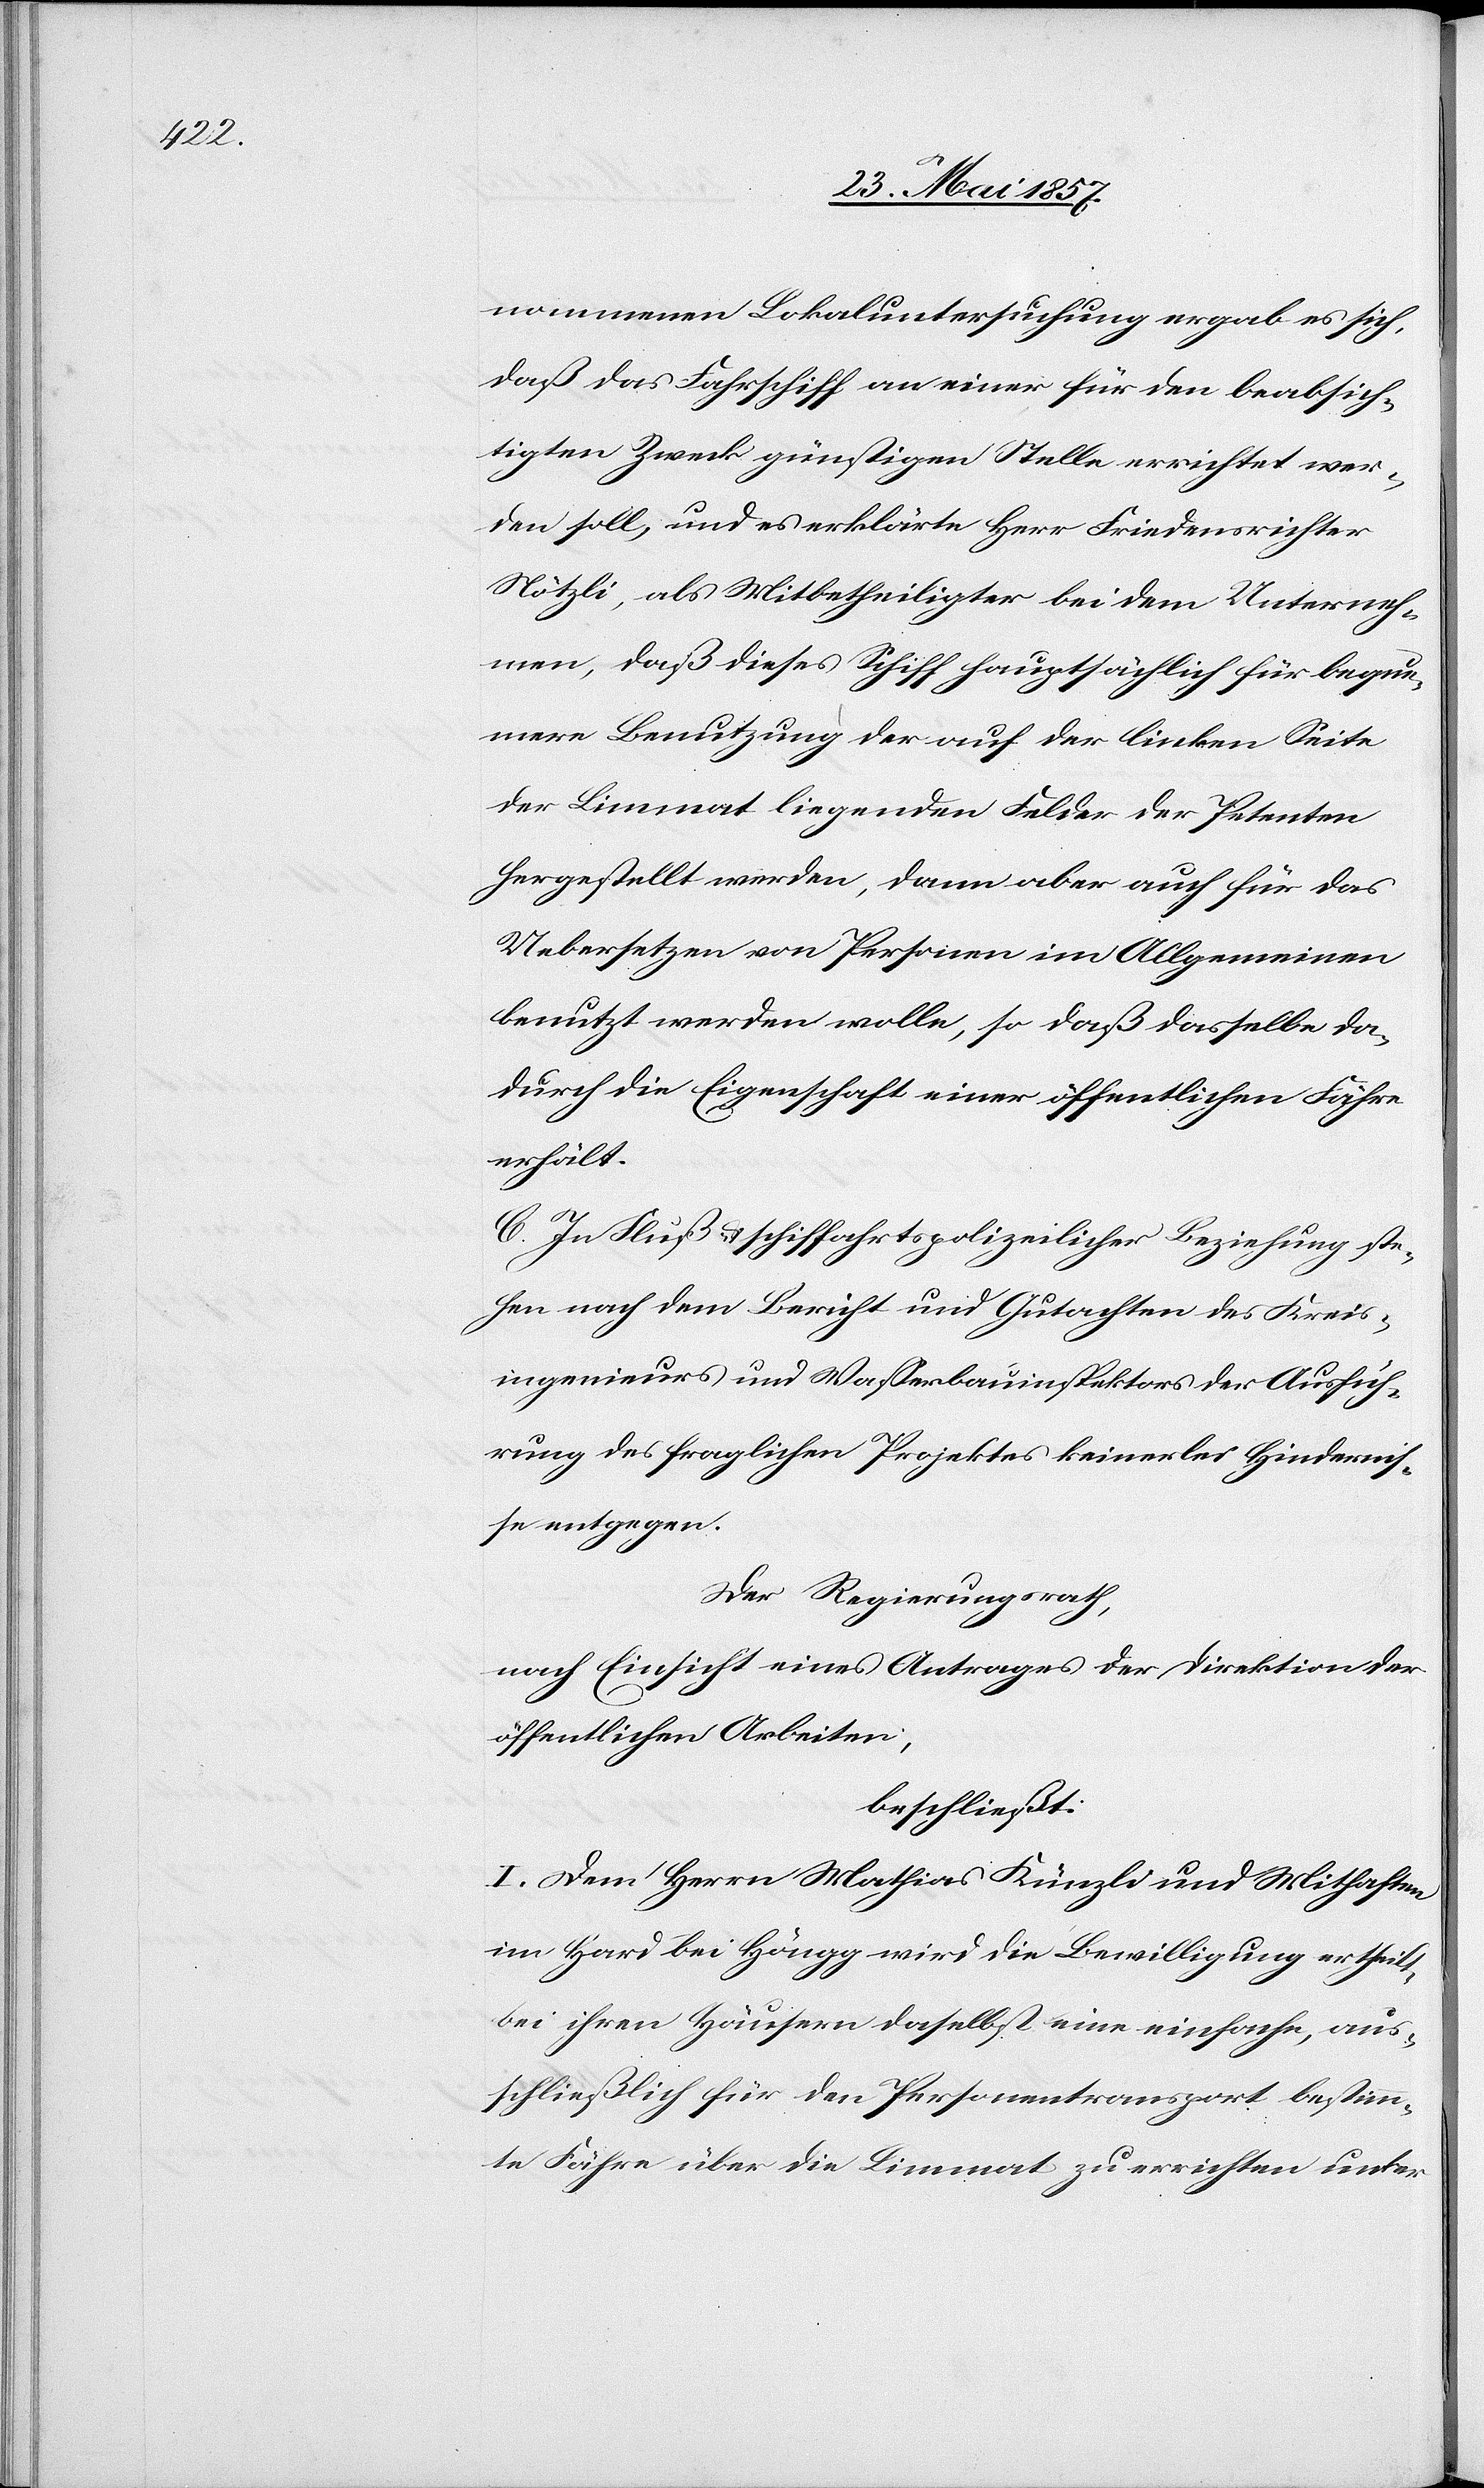
nommenen Lokaluntersuchung ergab es sich,
daß das Fahrschiff an einer für den beabsich¬
tigten Zweck günstigen Stelle errichtet wer¬
den soll, und es erklärte Herr Friedensrichter
Nötzli, als Mitbetheiligter bei dem Unterneh¬
men, daß dieses Schiff hauptsächlich für beque¬
mere Benutzung der auf der linken Seite
der Limmat liegenden Felder der Petenten
hergestellt werden, dann aber auch für das
Uebersetzen von Personen im Allgemeinen
benutzt werden wolle, so daß dasselbe da¬
durch die Eigenschaft einer öffentlichen Fähre
erhält.
C. In Fluß- & schiffahrtspolizelicher Beziehung ste¬
hen nach dem Bericht und Gutachten des Kreis¬
ingenieurs und Wasserbauinspektors der Ausfüh¬
rung des fraglichen Projektes keinerlei Hindernis¬
se entgegen.
Der Regierungsrath,
nach Einsicht eines Antrages der Direktion der
öffentlichen Arbeiten,
beschließt:
I. Dem Herrn Mathias Künzli und Mithaften
im Hard bei Höngg wird die Bewilligung ertheilt,
bei ihren Häusern daselbst eine einfache, aus¬
schließlich für den Personentransport bestimm¬
te Fähre über die Limmat zu errichten unter